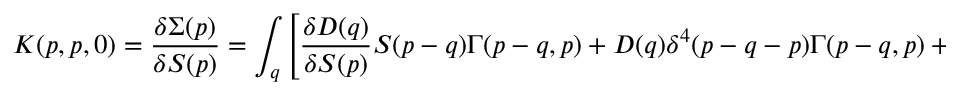
K ( p , p , 0 ) = \frac { \delta \Sigma ( p ) } { \delta S ( p ) } = \int _ { q } \left[ \frac { \delta D ( q ) } { \delta S ( p ) } S ( p - q ) \Gamma ( p - q , p ) + D ( q ) \delta ^ { 4 } ( p - q - p ) \Gamma ( p - q , p ) + D ( q ) S ( p - q ) \frac { \delta \Gamma ( p - q , p ) } { \delta S ( p ) } \right] \, .